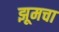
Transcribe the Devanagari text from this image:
झूमचा